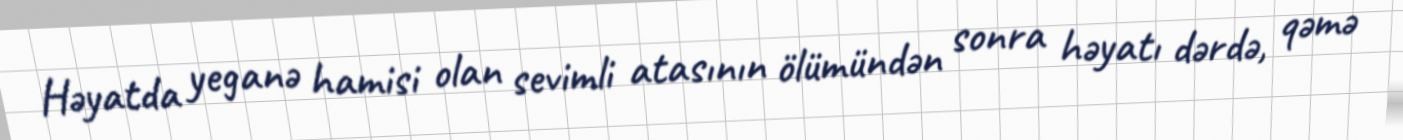
Həyatda yeganə hamisi olan sevimli atasının ölümündən sonra həyatı dərdə, qəmə